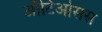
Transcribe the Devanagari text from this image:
ऑटिओसस